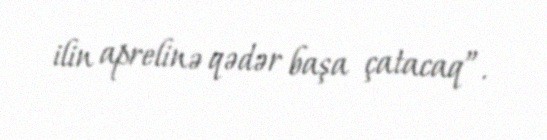
ilin aprelinə qədər başa çatacaq”.